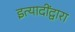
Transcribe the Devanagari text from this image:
इत्यादींद्वारा